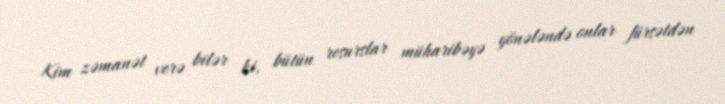
Kim zəmanət verə bilər ki, bütün resurslar müharibəyə yönələndə onlar fürsətdən